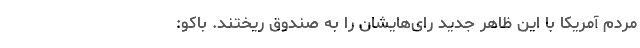
مردم آمریکا با این ظاهر جدید رای‌هایشان را به صندوق ریختند. باکو: